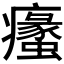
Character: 𱱯